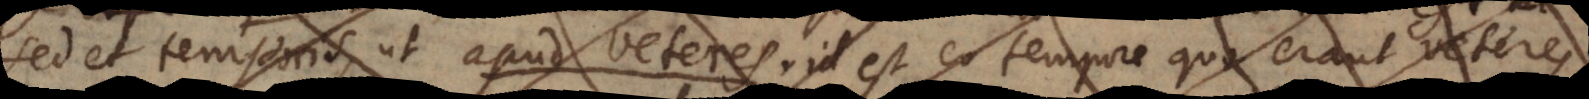
sed et temporis, ut apud veteres, id est eo tempore quo erant veteres;